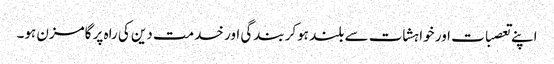
اپنے تعصبات اور خواہشات سے بلند ہوکر بندگی اور خدمت دین کی راہ پر گامزن ہو۔